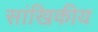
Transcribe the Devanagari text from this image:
सांखिकीय